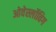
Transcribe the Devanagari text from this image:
ओवेर्स्लोविग